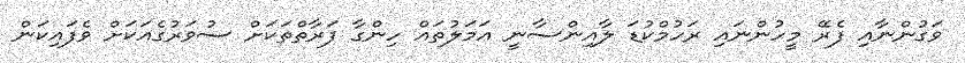
ވަގުންނާއި ފެރޭ މީހުންނައި ރަހުމްކުޑަ ލާއިންސާނީ ޢަމަލުތައް ހިންގާ ފަރާތްތަކަށް ސުވަރުގެއަކަށް ވެފައިކަން